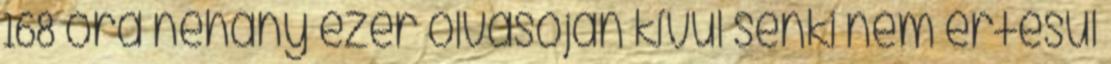
168 óra néhány ezer olvasóján kívül senki nem értesül